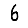
Digit: 6